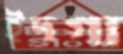
ইদগা